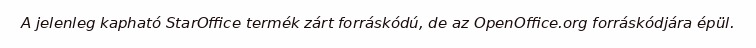
A jelenleg kapható StarOffice termék zárt forráskódú, de az OpenOffice.org forráskódjára épül.